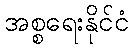
အစ္စရေးနိုင်ငံ